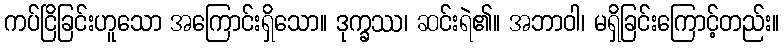
ကပ်ငြိခြင်းဟူသော အကြောင်းရှိသော။ ဒုက္ခဿ၊ ဆင်းရဲ၏။ အဘာဝါ၊ မရှိခြင်းကြောင့်တည်း။